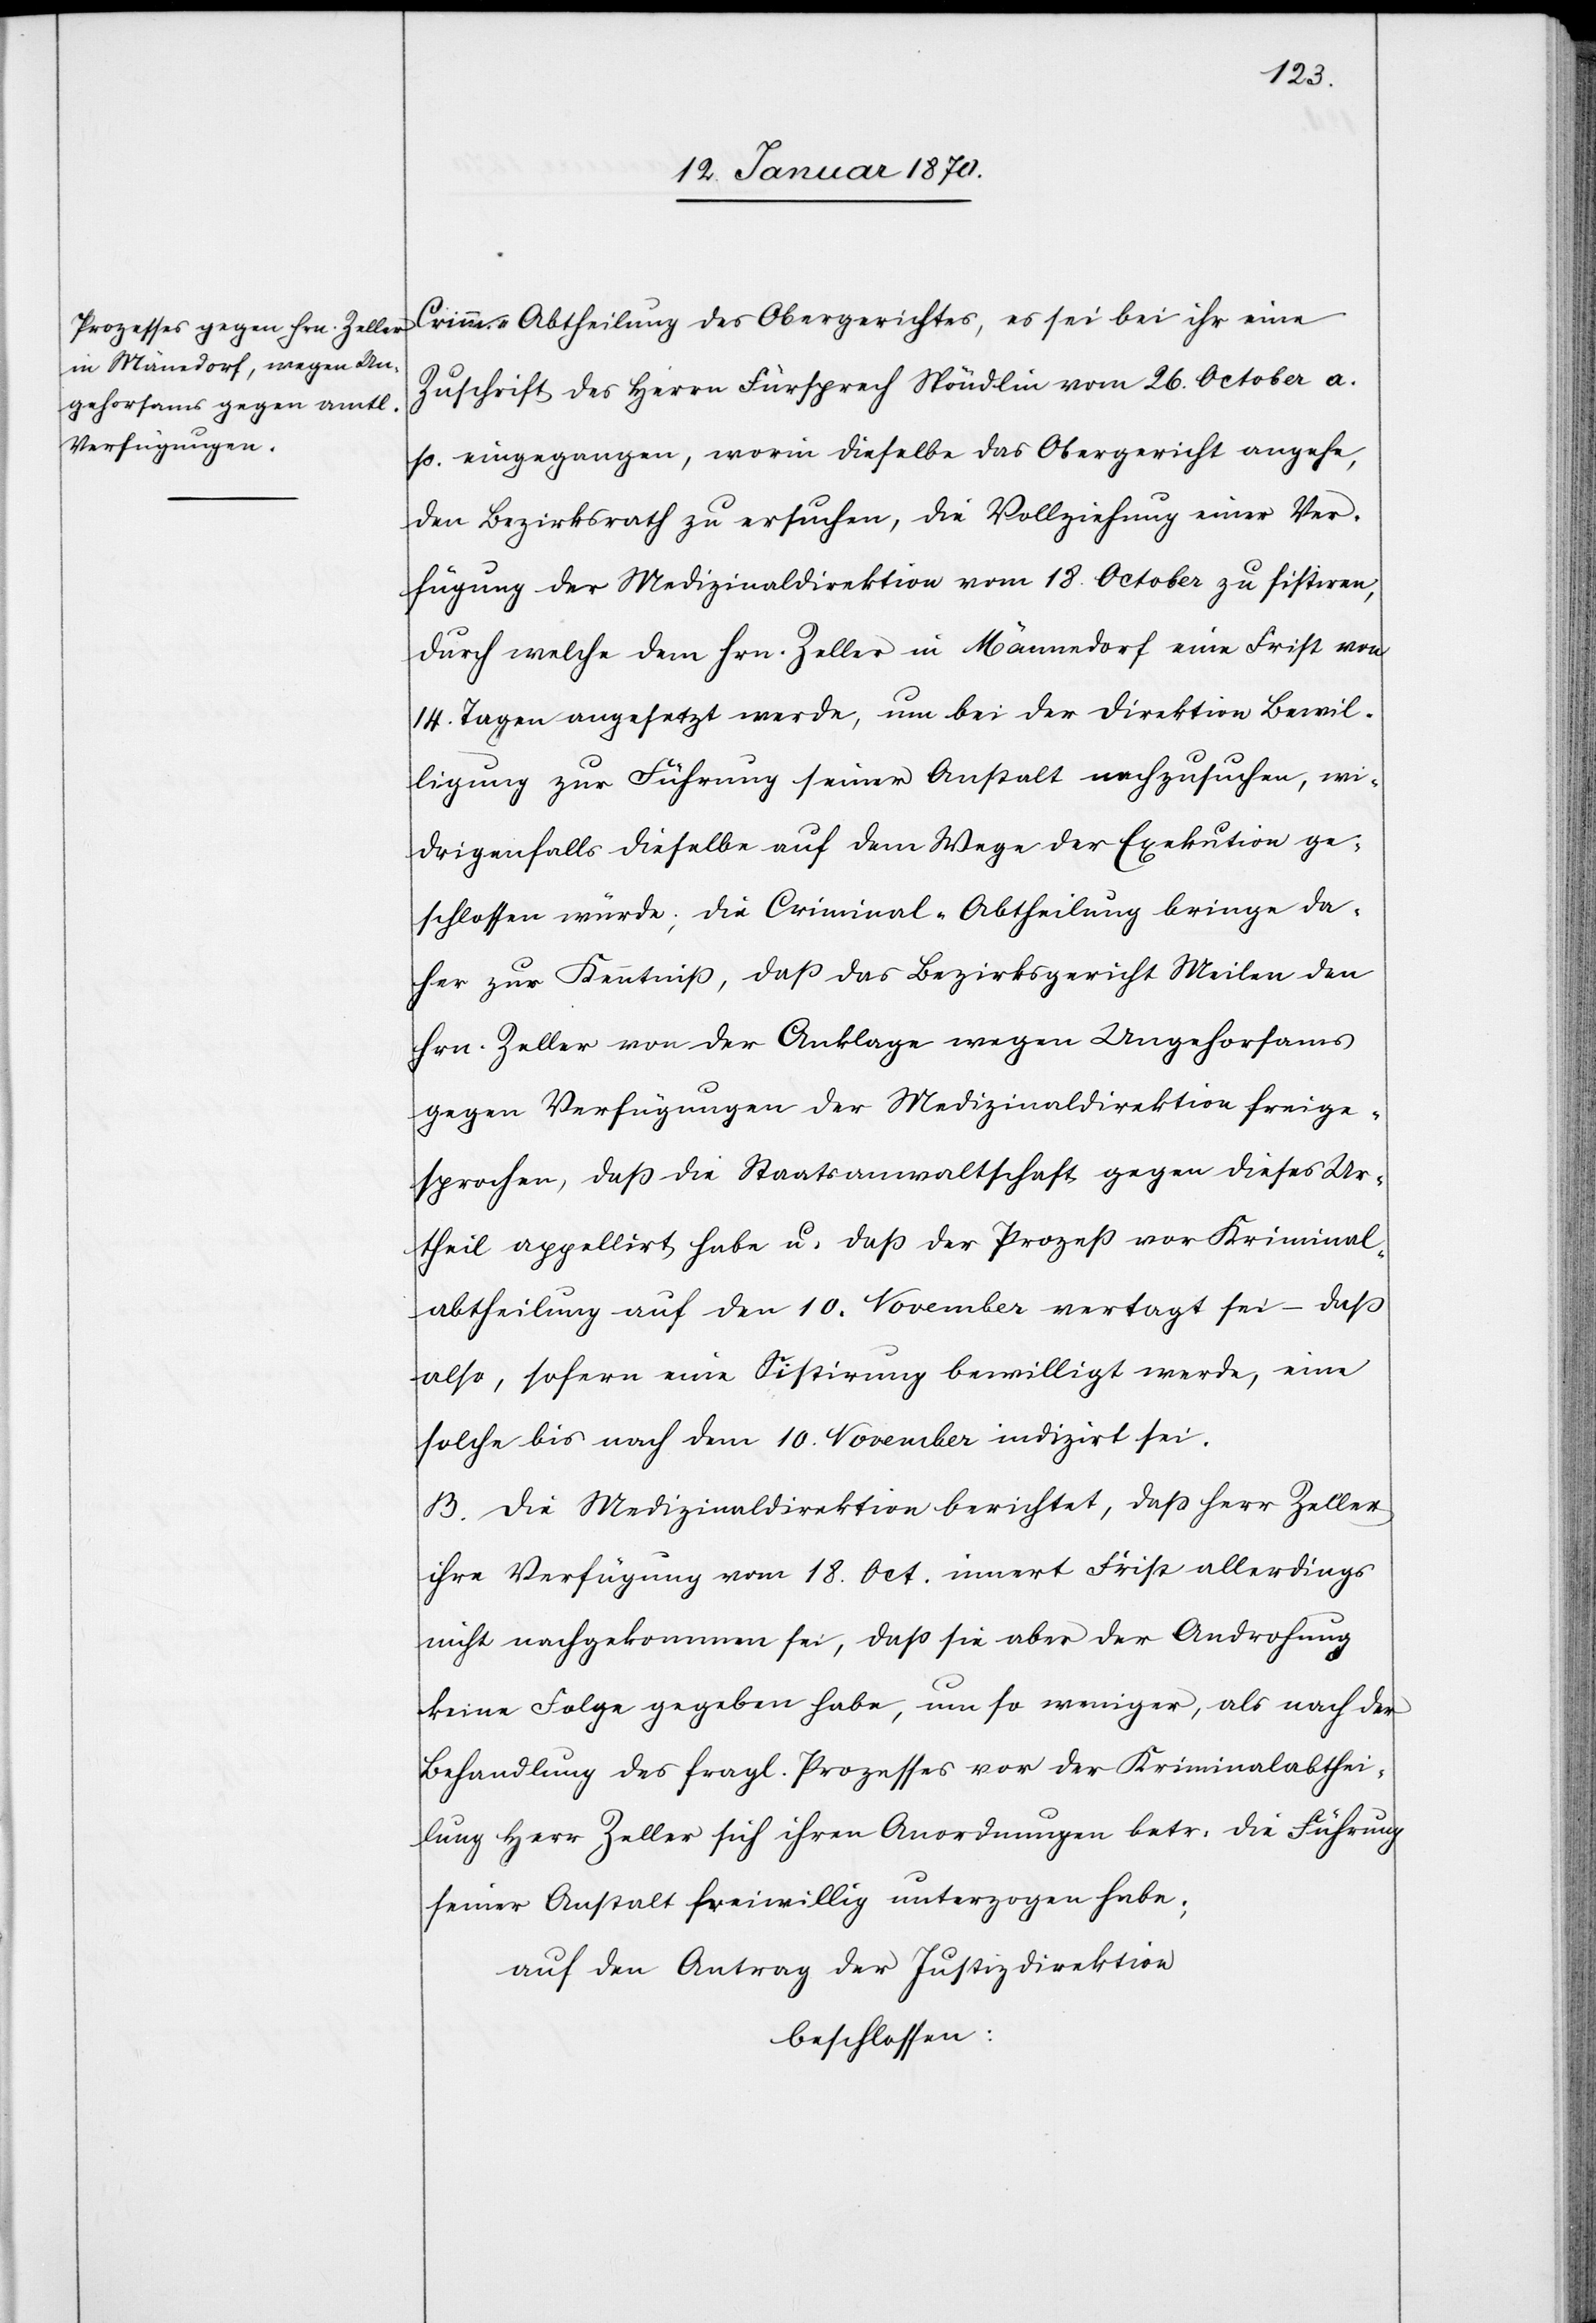
Crimm.-Abtheilung des Obergerichtes, es sei bei ihr eine
Zuschrift des Herrn Fürsprech Spöndlin vom 26. October a.
p. eingegangen, worin dieselbe das Obergericht angehe,
den Bezirksrath zu ersuchen, die Vollziehung einer Ver¬
fügung der Medizinaldirektion vom 18. October zu sistiren,
durch welche dem Hrn. Zeller in Männedorf eine Frist von
14. Tagen angesetzt werde, um bei der Direktion Bewil¬
ligung zur Führung seiner Anstalt nachzusuchen, wi¬
drigenfalls dieselbe auf dem Wege der Exekution ge¬
schlossen würde; die Criminal-Abtheilung bringe da¬
her zur Kenntniß, daß das Bezirksgericht Meilen den
Hrn. Zeller von der Anklage wegen Ungehorsams
gegen Verfügungen der Medizinaldirektion freige¬
sprochen, daß die Staatsanwaltschaft gegen dieses Ur¬
theil appellirt habe u. daß der Prozeß vor Kriminal¬
abtheilung auf den 10. Novemeber vertagt sei – daß
also, sofern eine Sistirung bewilligt werde, eine
solche bis noch dem 10. November indizirt sei.
B. Die Medizinaldirektion berichtet, daß Herr Zeller
ihre Verfügung vom 18. Oct. innert Frist allerdings
nicht nachgekommen sei, daß sie aber der Androhung
keine Folge gegeben habe, um so weniger, als nach der
Behandlung des fragl. Prozesses vor der Kriminalabthei¬
lung Herr Zeller sich ihren Anordnungen betr: die Führung
seiner Anstalt freiwillig unterzogen habe;
auf den Antrag der Justizdirektion
beschlossen: